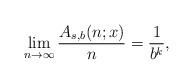
LaTeX: \begin{align*}\lim_{n\to\infty} \frac{A_{s,b}(n;x)}{n} = \frac{1}{b^k},\end{align*}